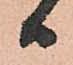
日